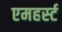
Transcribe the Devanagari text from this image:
एमहर्स्‍ट